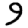
Digit: 9